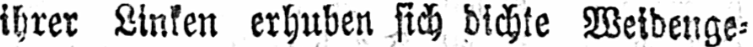
ihrer Linken erhuben sich dichte Weidenge⸗